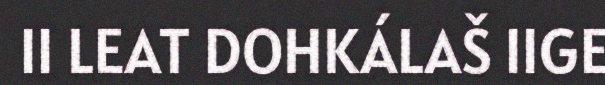
II LEAT DOHKÁLAŠ IIGE